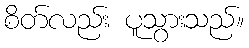
စိတ်လည်း ပူသွားသည်။